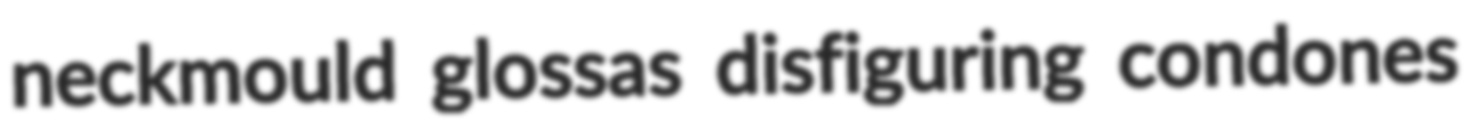
neckmould glossas disfiguring condones